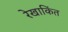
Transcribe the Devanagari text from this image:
रेखाकिंत